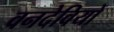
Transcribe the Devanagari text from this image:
वनदेवियों